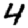
Digit: 4